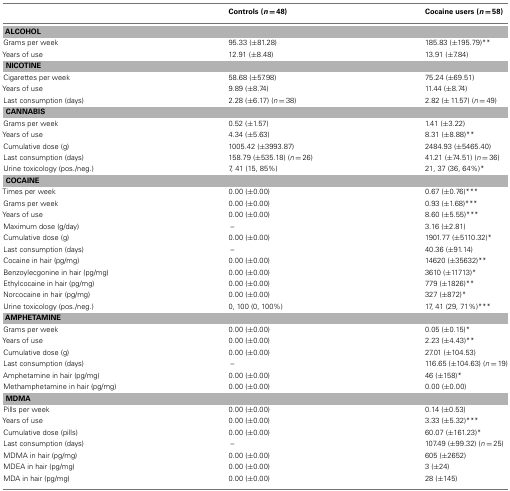
<table><thead><tr><td></td><td><b>Controls (<i>n</i> = 48)</b></td><td><b>Cocaine users (<i>n</i> = 58)</b></td></tr></thead><tbody><tr><td colspan="3"><b>ALCOHOL</b></td></tr><tr><td>Grams per week</td><td>95.33 (±81.28)</td><td>185.83 (±195.79)**</td></tr><tr><td>Years of use</td><td>12.91 (±8.48)</td><td>13.91 (±7.84)</td></tr><tr><td colspan="3"><b>NICOTINE</b></td></tr><tr><td>Cigarettes per week</td><td>58.68 (±57.98)</td><td>75.24 (±69.51)</td></tr><tr><td>Years of use</td><td>9.89 (±8.74)</td><td>11.44 (±8.74)</td></tr><tr><td>Last consumption (days)</td><td>2.28 (±6.17) (<i>n</i> = 38)</td><td>2.82 (± 11.57) (<i>n</i> = 49)</td></tr><tr><td colspan="3"><b>CANNABIS</b></td></tr><tr><td>Grams per week</td><td>0.52 (±1.57)</td><td>1.41 (±3.22)</td></tr><tr><td>Years of use</td><td>4.34 (±5.63)</td><td>8.31 (±8.88)**</td></tr><tr><td>Cumulative dose (g)</td><td>1005.42 (±3993.87)</td><td>2484.93 (±5465.40)</td></tr><tr><td>Last consumption (days)</td><td>158.79 (±535.18) (<i>n</i> = 26)</td><td>41.21 (±74.51) (<i>n</i> = 36)</td></tr><tr><td>Urine toxicology (pos./neg.)</td><td>7, 41 (15, 85%)</td><td>21, 37 (36, 64%)*</td></tr><tr><td colspan="3"><b>COCAINE</b></td></tr><tr><td>Times per week</td><td>0.00 (±0.00)</td><td>0.67 (±0.76)***</td></tr><tr><td>Grams per week</td><td>0.00 (±0.00)</td><td>0.93 (±1.68)***</td></tr><tr><td>Years of use</td><td>0.00 (±0.00)</td><td>8.60 (±5.55)***</td></tr><tr><td>Maximum dose (g/day)</td><td>–</td><td>3.16 (±2.81)</td></tr><tr><td>Cumulative dose (g)</td><td>0.00 (±0.00)</td><td>1901.77 (±5110.32)*</td></tr><tr><td>Last consumption (days)</td><td>–</td><td>40.36 (±91.14)</td></tr><tr><td>Cocaine in hair (pg/mg)</td><td>0.00 (±0.00)</td><td>14620 (±35632)**</td></tr><tr><td>Benzoylecgonine in hair (pg/mg)</td><td>0.00 (±0.00)</td><td>3610 (±11713)*</td></tr><tr><td>Ethylcocaine in hair (pg/mg)</td><td>0.00 (±0.00)</td><td>779 (±1826)**</td></tr><tr><td>Norcocaine in hair (pg/mg)</td><td>0.00 (±0.00)</td><td>327 (±872)*</td></tr><tr><td>Urine toxicology (pos./neg.)</td><td>0, 100 (0, 100%)</td><td>17, 41 (29, 71%)***</td></tr><tr><td colspan="3"><b>AMPHETAMINE</b></td></tr><tr><td>Grams per week</td><td>0.00 (±0.00)</td><td>0.05 (±0.15)*</td></tr><tr><td>Years of use</td><td>0.00 (±0.00)</td><td>2.23 (±4.43)**</td></tr><tr><td>Cumulative dose (g)</td><td>0.00 (±0.00)</td><td>27.01 (±104.53)</td></tr><tr><td>Last consumption (days)</td><td>–</td><td>116.65 (±104.63) (<i>n</i> = 19)</td></tr><tr><td>Amphetamine in hair (pg/mg)</td><td>0.00 (±0.00)</td><td>46 (±158)*</td></tr><tr><td>Methamphetamine in hair (pg/mg)</td><td>0.00 (±0.00)</td><td>0.00 (±0.00)</td></tr><tr><td colspan="3"><b>MDMA</b></td></tr><tr><td>Pills per week</td><td>0.00 (±0.00)</td><td>0.14 (±0.53)</td></tr><tr><td>Years of use</td><td>0.00 (±0.00)</td><td>3.33 (±5.32)***</td></tr><tr><td>Cumulative dose (pills)</td><td>0.00 (±0.00)</td><td>60.07 (±161.23)*</td></tr><tr><td>Last consumption (days)</td><td>–</td><td>107.49 (±99.32) (<i>n</i> = 25)</td></tr><tr><td>MDMA in hair (pg/mg)</td><td>0.00 (±0.00)</td><td>605 (±2652)</td></tr><tr><td>MDEA in hair (pg/mg)</td><td>0.00 (±0.00)</td><td>3 (±24)</td></tr><tr><td>MDA in hair (pg/mg)</td><td>0.00 (±0.00)</td><td>28 (±145)</td></tr></tbody></table>